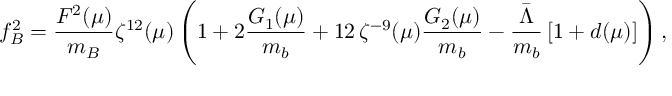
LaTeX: f _ { B } ^ { 2 } = \frac { F ^ { 2 } ( \mu ) } { m _ { B } } \zeta ^ { 1 2 } ( \mu ) \left( 1 + 2 \frac { G _ { 1 } ( \mu ) } { m _ { b } } + 1 2 \, \zeta ^ { - 9 } ( \mu ) \frac { G _ { 2 } ( \mu ) } { m _ { b } } - \frac { \bar { \Lambda } } { m _ { b } } \left[ 1 + d ( \mu ) \right] \right) ,